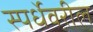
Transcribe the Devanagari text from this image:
स्पर्धेवरील